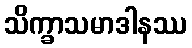
သိက္ခာသမာဒါနဿ